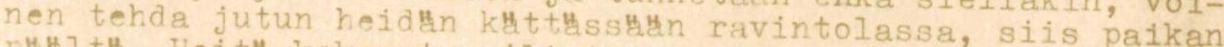
nen tehdä jutun heidän kättässään ravintolassa, siis paikan